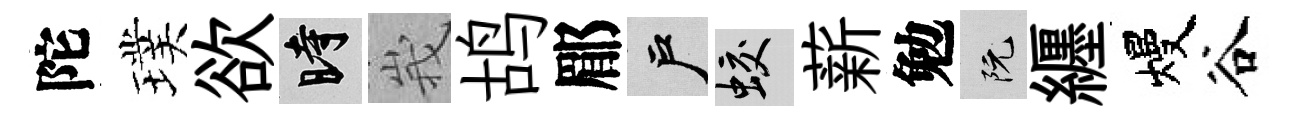
陀璞欲时峩鸪郿户蛟薪勉阮纒熳谷